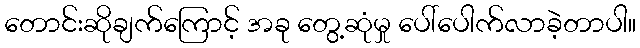
တောင်းဆိုချက်ကြောင့် အခု တွေ့ဆုံမှု ပေါ်ပေါက်လာခဲ့တာပါ။